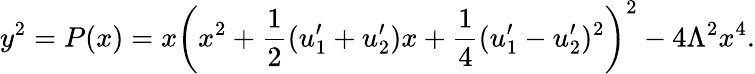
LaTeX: y^{2}=P(x)=x\left(x^{2}+\frac{1}{2}(u_{1}^{\prime}+u_{2}^{\prime})x+\frac{1}{4}(u_{1}^{\prime}-u_{2}^{\prime})^{2}\right)^{2}-4\Lambda^{2}x^{4}.